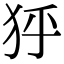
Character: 𤝘